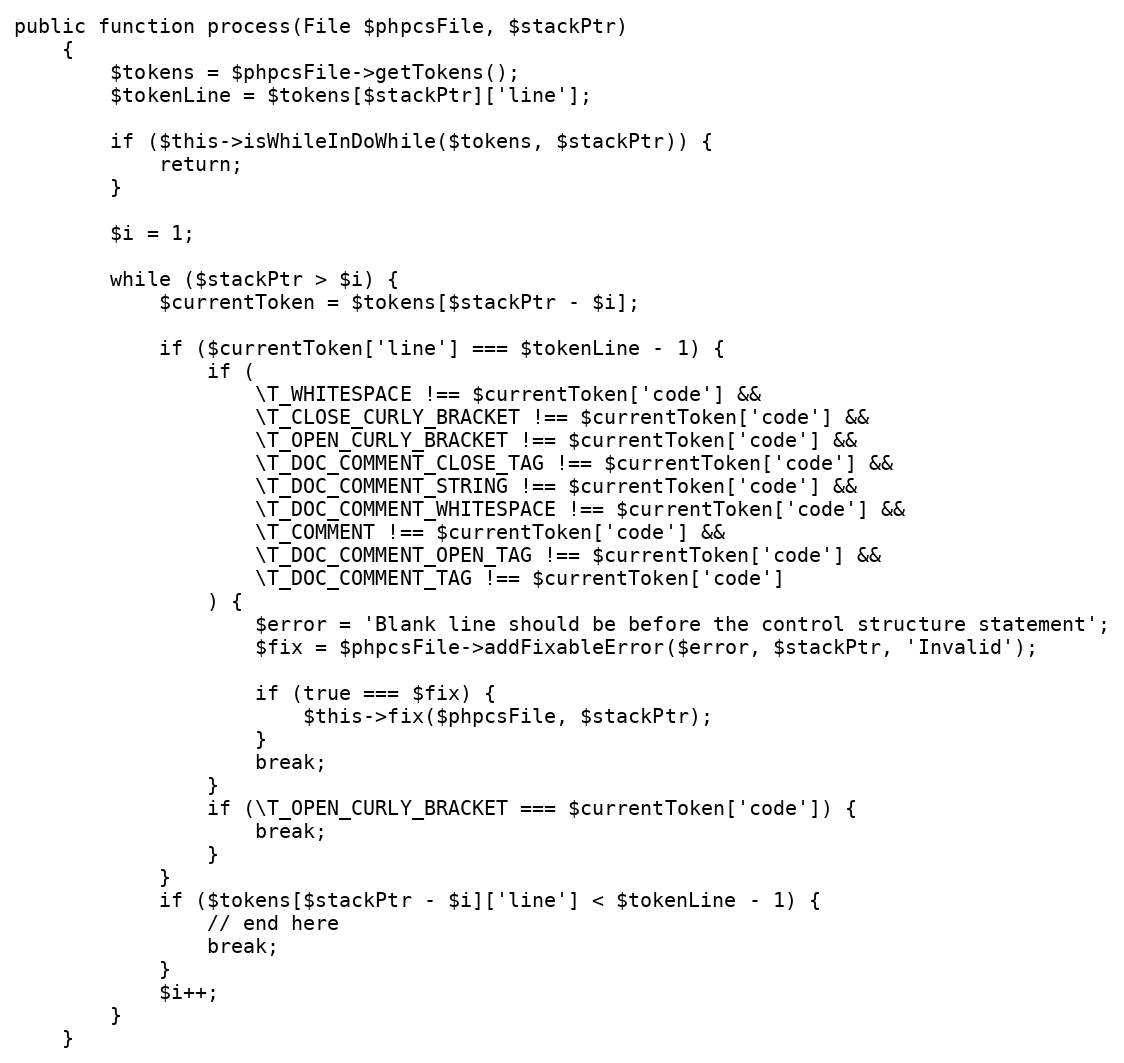
Language: PHP
public function process(File $phpcsFile, $stackPtr)
    {
        $tokens = $phpcsFile->getTokens();
        $tokenLine = $tokens[$stackPtr]['line'];

        if ($this->isWhileInDoWhile($tokens, $stackPtr)) {
            return;
        }

        $i = 1;

        while ($stackPtr > $i) {
            $currentToken = $tokens[$stackPtr - $i];

            if ($currentToken['line'] === $tokenLine - 1) {
                if (
                    \T_WHITESPACE !== $currentToken['code'] &&
                    \T_CLOSE_CURLY_BRACKET !== $currentToken['code'] &&
                    \T_OPEN_CURLY_BRACKET !== $currentToken['code'] &&
                    \T_DOC_COMMENT_CLOSE_TAG !== $currentToken['code'] &&
                    \T_DOC_COMMENT_STRING !== $currentToken['code'] &&
                    \T_DOC_COMMENT_WHITESPACE !== $currentToken['code'] &&
                    \T_COMMENT !== $currentToken['code'] &&
                    \T_DOC_COMMENT_OPEN_TAG !== $currentToken['code'] &&
                    \T_DOC_COMMENT_TAG !== $currentToken['code']
                ) {
                    $error = 'Blank line should be before the control structure statement';
                    $fix = $phpcsFile->addFixableError($error, $stackPtr, 'Invalid');

                    if (true === $fix) {
                        $this->fix($phpcsFile, $stackPtr);
                    }
                    break;
                }
                if (\T_OPEN_CURLY_BRACKET === $currentToken['code']) {
                    break;
                }
            }
            if ($tokens[$stackPtr - $i]['line'] < $tokenLine - 1) {
                // end here
                break;
            }
            $i++;
        }
    }